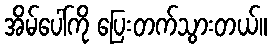
အိမ်ပေါ်ကို ပြေးတက်သွားတယ်။